Medical and sanitary report of the native army of Bengal for the year
Year: 1875
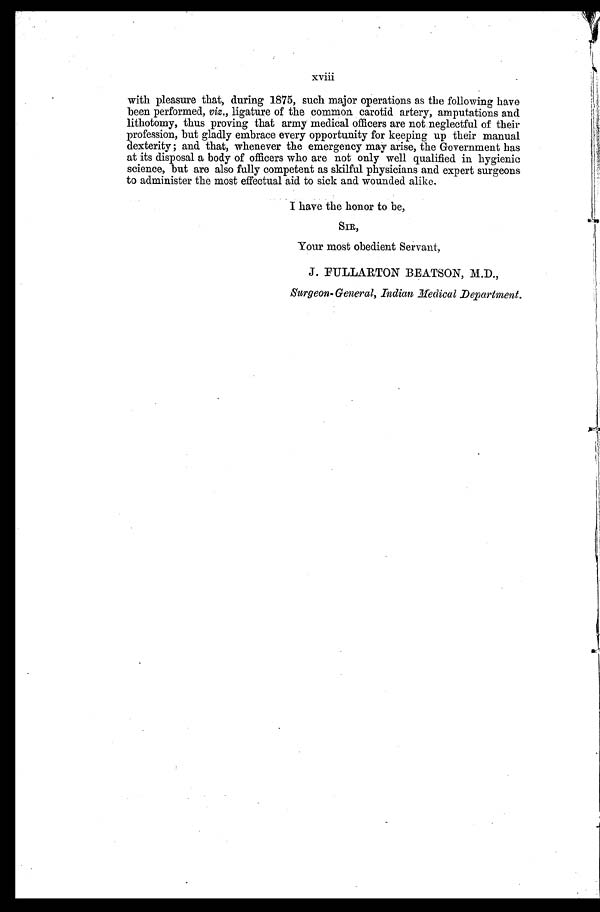
xviii
with pleasure that, during 1875, such major operations as the following have
been performed, viz., ligature of the common carotid artery, amputations and
lithotomy, thus proving that army medical officers are not neglectful of their
profession, but gladly embrace every opportunity for keeping up their manual
dexterity; and that, whenever the emergency may arise, the Government has
at its disposal a body of officers who are not only well qualified in hygienic
science, but are also fully competent as skilful physicians and expert surgeons
to administer the most effectual aid to sick and wounded alike.
I have the honor to be,
SIR,
Your most obedient Servant,
J. FULLARTON BEATSON, M.D.,
Surgeon- General, Indian Medical Department.